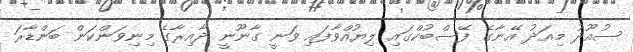
ސުއޫދު މިއަދު އޭނާގެ ފޭސްބުކްގައި ލިޔުއްވާފައި ވަނީ ގާނޫނީ ދާއިރާގެ މިނިވަންކަން ބަންޑާރަ